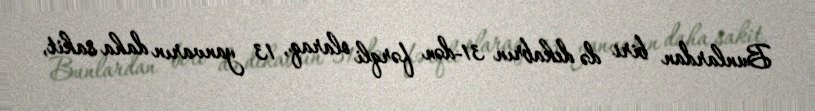
Bunlardan biri də dekabrın 31-dən fərqli olaraq, 13 yanvarın daha sakit,